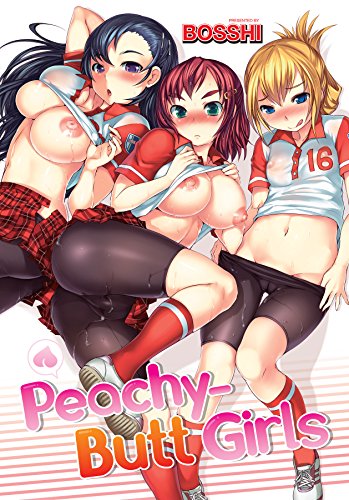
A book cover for Peachy-Butt Girls; Bosshi; Comics & Graphic Novels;